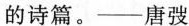
的诗篇。——唐弢